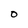
Character: O